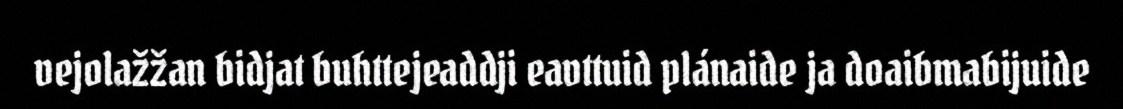
vejolažžan bidjat buhttejeaddji eavttuid plánaide ja doaibmabijuide